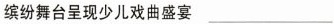
缤纷舞台呈现少儿戏曲盛宴___